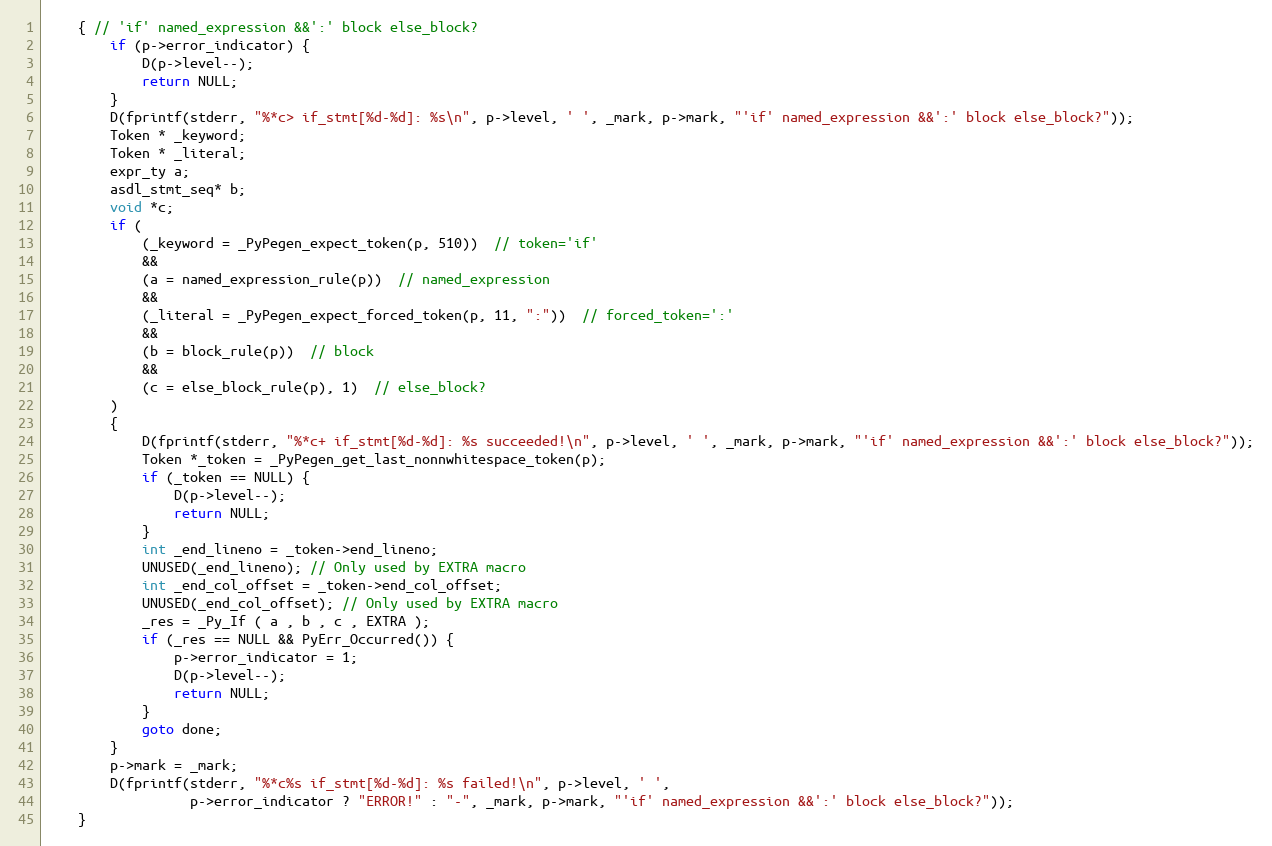
Language: C
    { // 'if' named_expression &&':' block else_block?
        if (p->error_indicator) {
            D(p->level--);
            return NULL;
        }
        D(fprintf(stderr, "%*c> if_stmt[%d-%d]: %s\n", p->level, ' ', _mark, p->mark, "'if' named_expression &&':' block else_block?"));
        Token * _keyword;
        Token * _literal;
        expr_ty a;
        asdl_stmt_seq* b;
        void *c;
        if (
            (_keyword = _PyPegen_expect_token(p, 510))  // token='if'
            &&
            (a = named_expression_rule(p))  // named_expression
            &&
            (_literal = _PyPegen_expect_forced_token(p, 11, ":"))  // forced_token=':'
            &&
            (b = block_rule(p))  // block
            &&
            (c = else_block_rule(p), 1)  // else_block?
        )
        {
            D(fprintf(stderr, "%*c+ if_stmt[%d-%d]: %s succeeded!\n", p->level, ' ', _mark, p->mark, "'if' named_expression &&':' block else_block?"));
            Token *_token = _PyPegen_get_last_nonnwhitespace_token(p);
            if (_token == NULL) {
                D(p->level--);
                return NULL;
            }
            int _end_lineno = _token->end_lineno;
            UNUSED(_end_lineno); // Only used by EXTRA macro
            int _end_col_offset = _token->end_col_offset;
            UNUSED(_end_col_offset); // Only used by EXTRA macro
            _res = _Py_If ( a , b , c , EXTRA );
            if (_res == NULL && PyErr_Occurred()) {
                p->error_indicator = 1;
                D(p->level--);
                return NULL;
            }
            goto done;
        }
        p->mark = _mark;
        D(fprintf(stderr, "%*c%s if_stmt[%d-%d]: %s failed!\n", p->level, ' ',
                  p->error_indicator ? "ERROR!" : "-", _mark, p->mark, "'if' named_expression &&':' block else_block?"));
    }